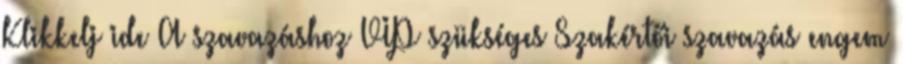
Klikkelj ide A szavazáshoz VIP szükséges Szakértői szavazás engem